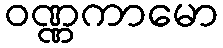
ဝဏ္ဏကာမော